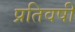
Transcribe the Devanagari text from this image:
प्रतिवषी